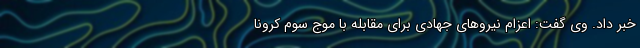
خبر داد. وی گفت: اعزام نیروهای جهادی برای مقابله با موج سوم کرونا